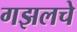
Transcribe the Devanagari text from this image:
गझलचे